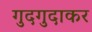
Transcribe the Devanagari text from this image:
गुदगुदाकर